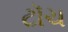
ટૉચ